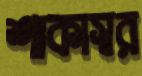
শাকাস্বর